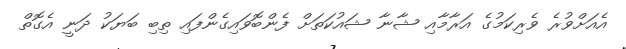
އެއަށްވުރެ ވެރިކަމުގެ އަރާމާއި ޝާނާ ޝައުކަތަށް ފެންބޮވައިގެންފައި ތިބި ބަޔަކު ދަނީ އެގޮތް